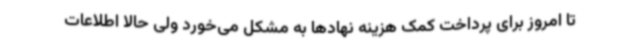
تا امروز برای پرداخت کمک هزینه نهادها به مشکل می‌خورد ولی حالا اطلاعات